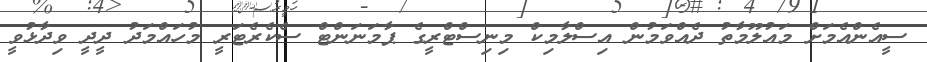
ސީއެންއެމަށް މައުލޫމާތު ދެއްވަމުން އިސްލާމިކް މިނިސްޓްރީގެ ޕާމަނަންޓް ސެކެރެޓަރީ މުހައްމަދު ދީދީ ވިދާޅުވީ